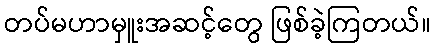
တပ်မဟာမှူးအဆင့်တွေ ဖြစ်ခဲ့ကြတယ်။